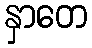
နှာတေ